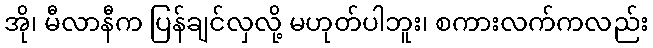
အို၊ မီလာနီက ပြန်ချင်လှလို့ မဟုတ်ပါဘူး၊ စကားလက်ကလည်း